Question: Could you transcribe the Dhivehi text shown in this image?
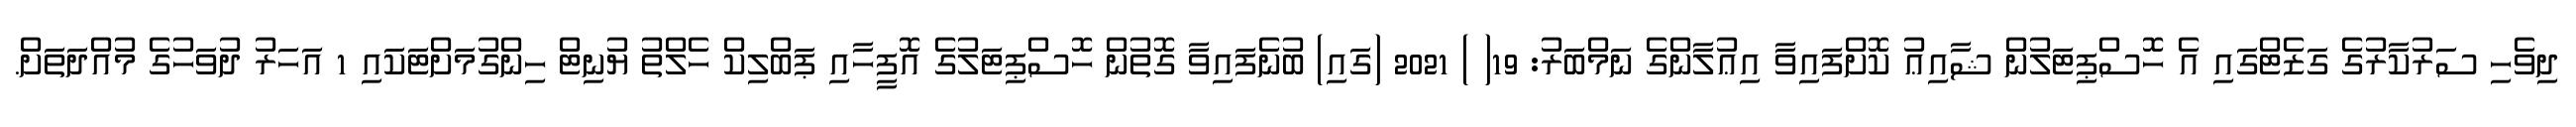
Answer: ދިވެހި ސަރުކާރުގެ ގަޒެޓްގައި އެ ހޮސްޕިޓަލުން ޝާއިޢު ކޮށްފައިވާ އިޢުލާންގެ ނަމްބަރު: 19( ) 2021 (ގައި) ބުނެފައިވާ ގޮތުން ހޮސްޕިޓަލުގެ އޮފީހާއި ޕަބްލިކް ހެލްތު ޔުނިޓް ހިންގުމަށްޓަކައި 1 އަހަރު ދުވަހުގެ މުއްދަތަށް.